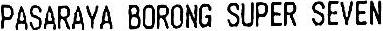
PASARAYA BORONG SUPER SEVEN